Senior Leaving Certificate Examination (including Day School Certificate (Higher) General paper), 1946
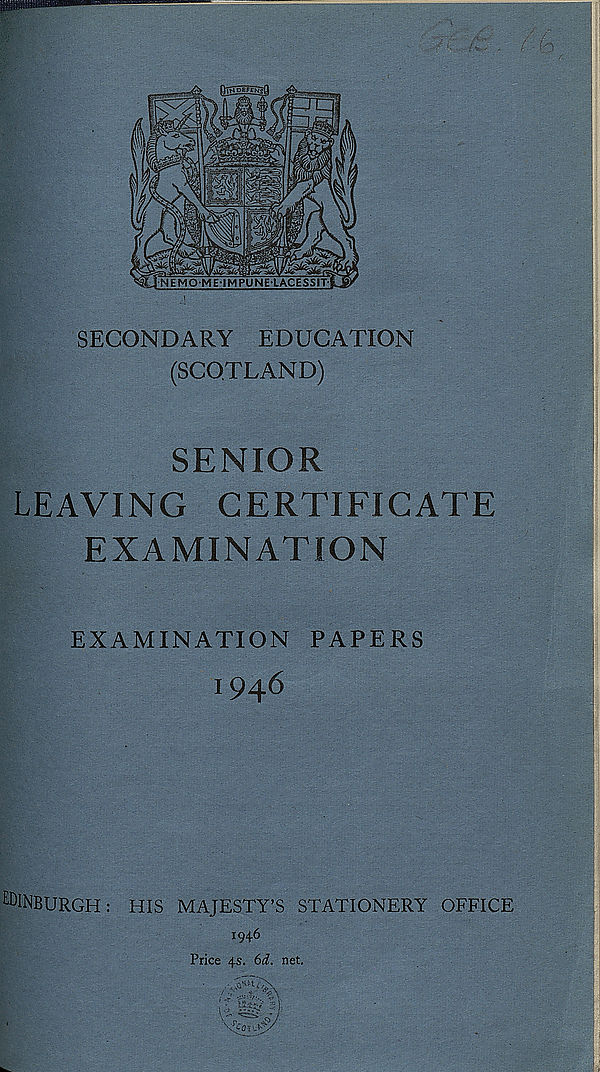
SECONDARY EDUCATION
(SCOTLAND)
SENIOR
LEAVING CERTIFICATE
EXAMINATION
EXAMINATION PAPERS
1946
EDINBURGH: HIS MAJESTY’S STATIONERY OFFICE
1946
Price 4s. 6d. net.
•
HIMT SI